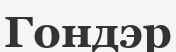
Гондэр